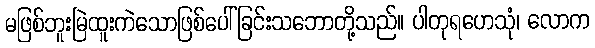
မဖြစ်ဘူးမြဲထူးကဲသောဖြစ်ပေါ်ခြင်းသဘောတို့သည်။ ပါတုရဟေသုံ၊ လောက